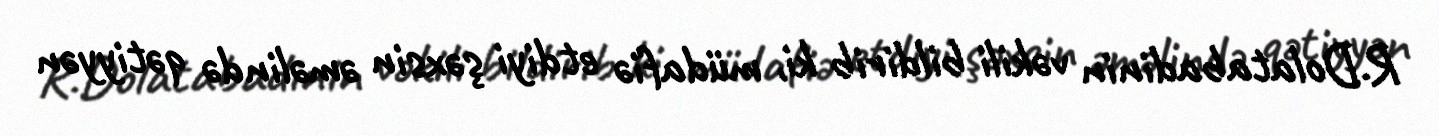
R.Dolatabadinin vəkili bildirib ki, müdafiə etdiyi şəxsin əməlində qətiyyən